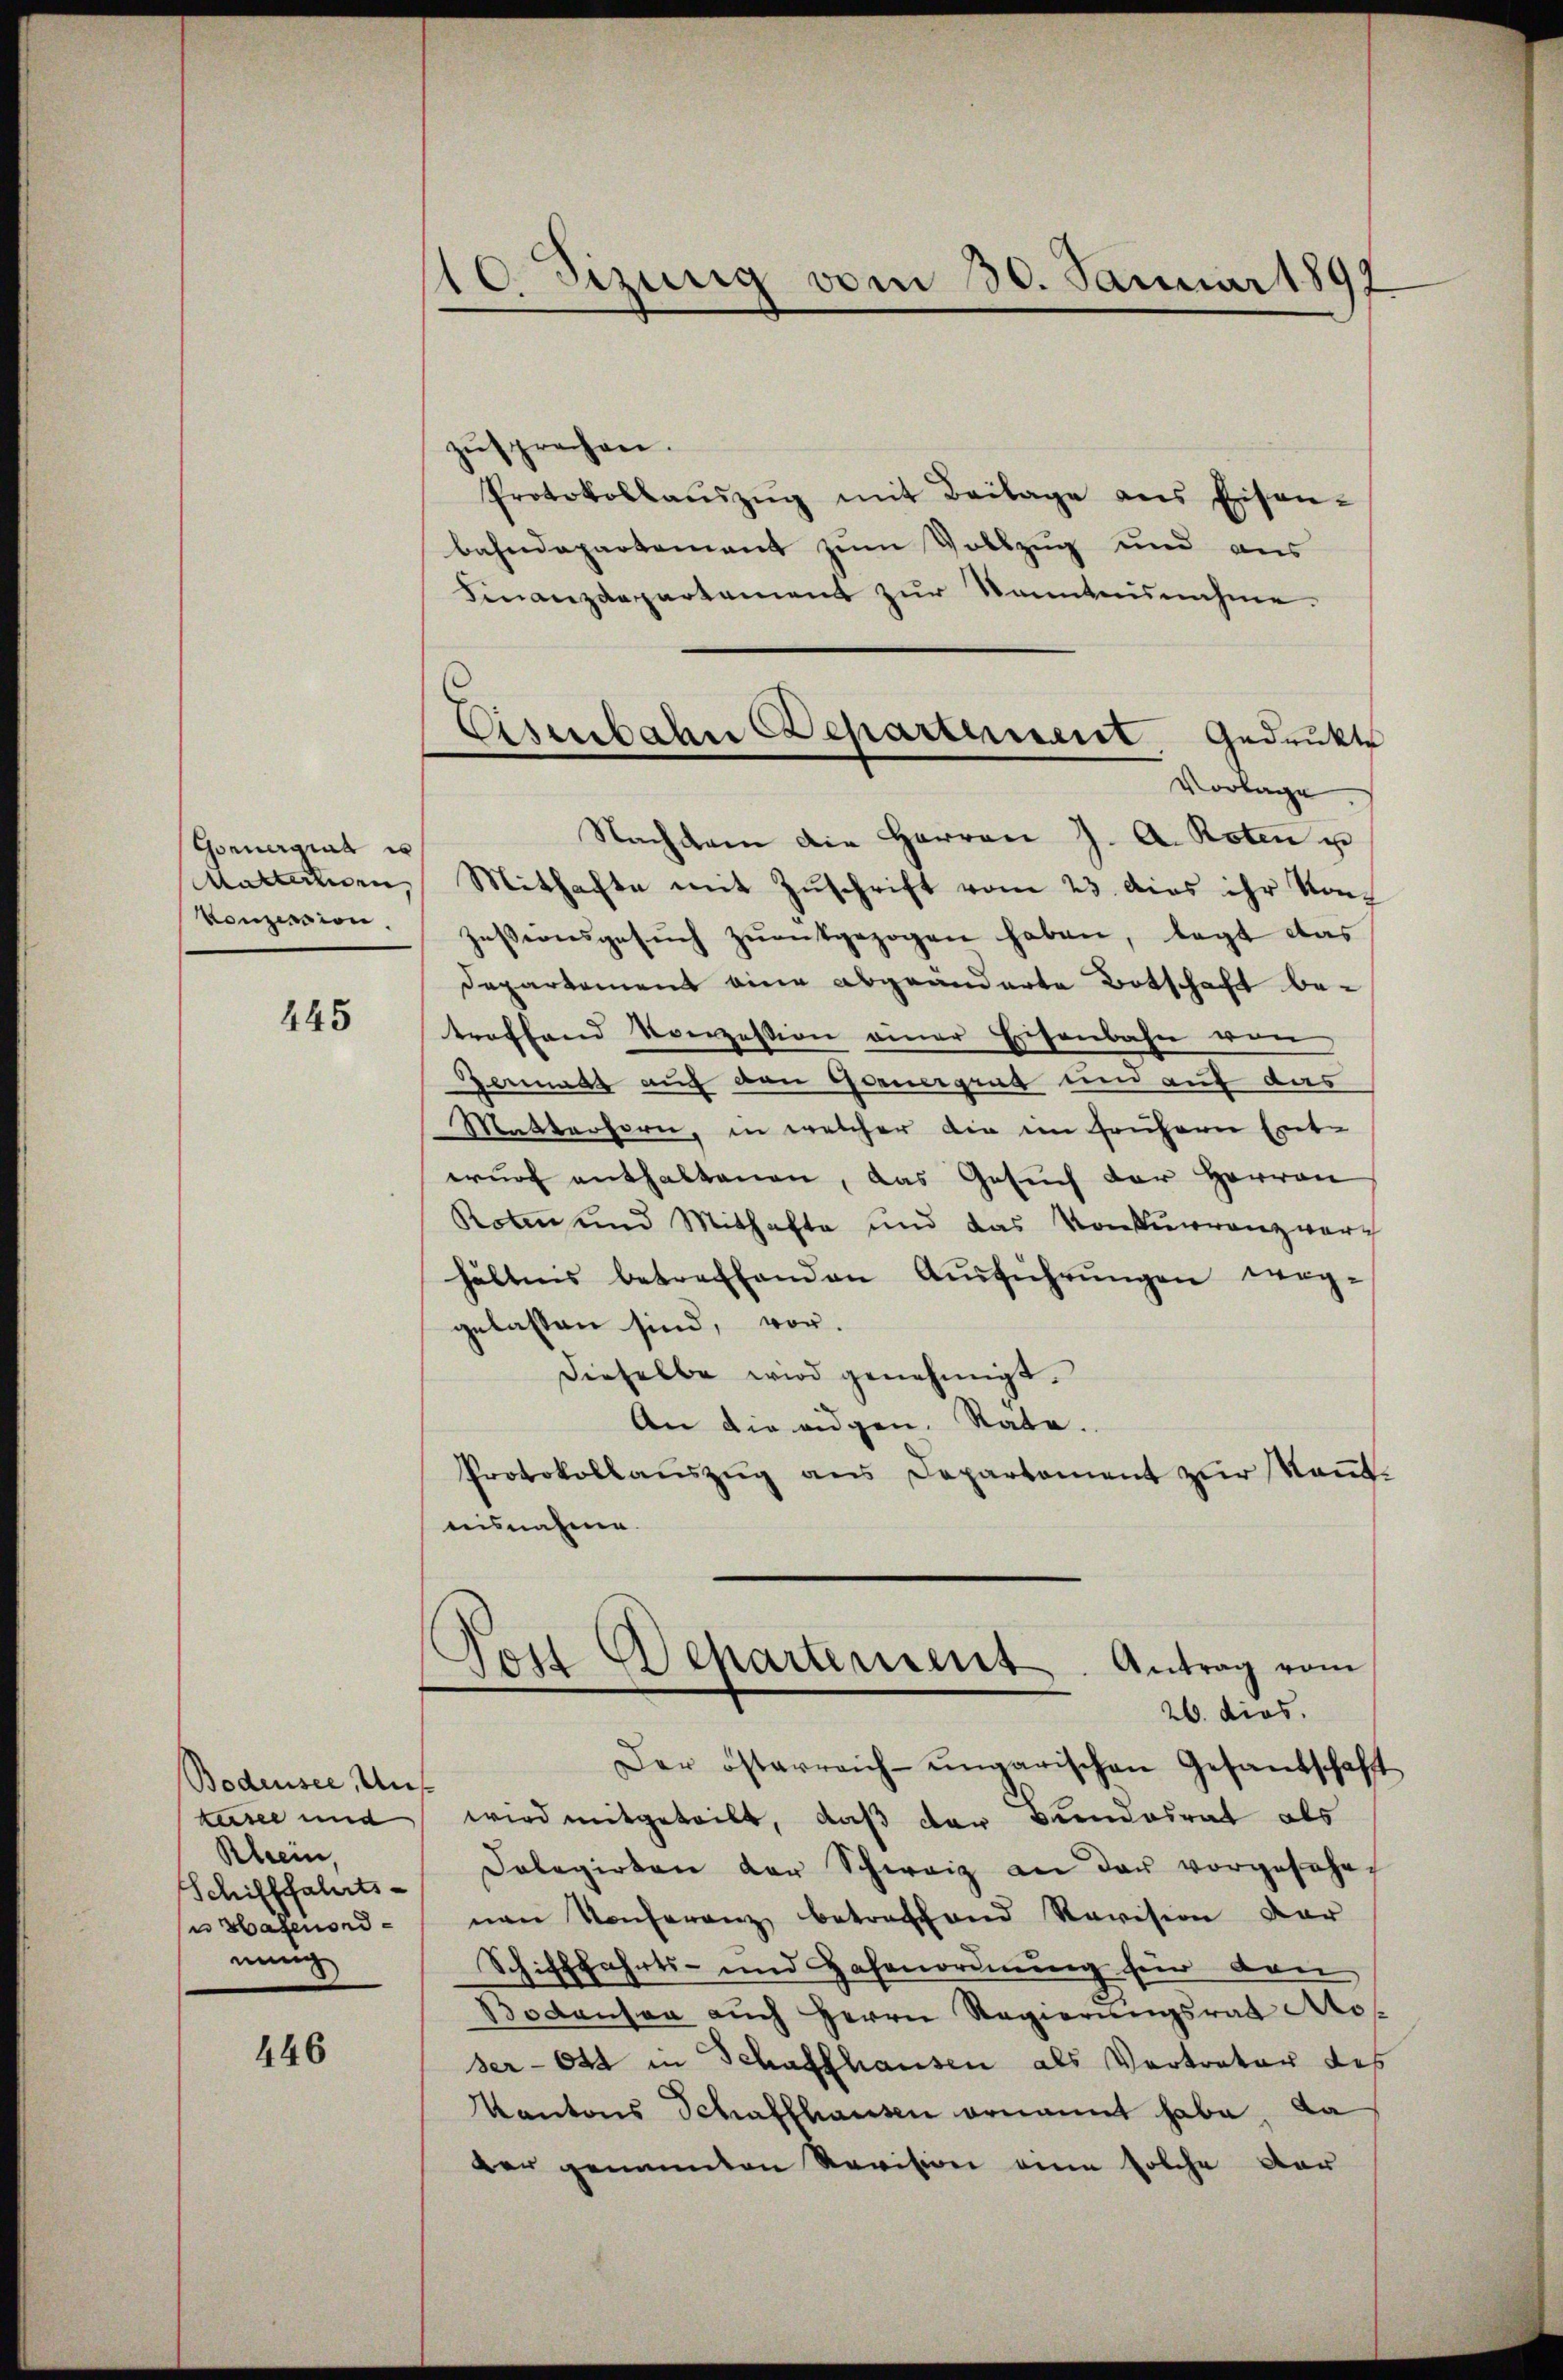
Gonnergiat i
Matterien,
Konzession.

445

Bodensee, Unskeise und
Rhein,
Schifffahrts-
 Bazenordnenig

446

10 Sizung vom 30. Januar 1891

zŭsprechen.
Protokollaŭszŭg mit Beilage ans Eisen-
bahndepartement zum Vollzug und aus
Finanzdepartement zur kanntnisnahme.
Nachkam die Herren J. A. Roten u
Mithafte mit Zuschrift vom 23. dies ihr Kon-
zessionsgesŭch zŭentgezogen haben, legt das
Departement eine abgeänderte Botschaft betroffend Verzession einer Eisenbahn von
Germass auf den Generging und auf das
Matterhorn, in welcher die im frühern Ent-
wurf enthaltenen, das Gesuch der Herren
Roten und Mithafte und das Konkurrenz ver-
hältnis betreffenden Aŭsführŭngen weg-
gelassen sind, vor.
dieselbe wird genehmigt.
An die eidgen. Rate.
Protokollaŭszŭg ans Departament zŭr Keṅt-
nisnahme.
Post chartement. Antrag vom
26. dies
Der österreich-ungarischen Gesandschaft
wird mitgeteilt, daß der Bimosrat als
Dolegirten der Schweiz an der vorgesehe
nen Konferenz betreffend Revision dar
Schifffahrts- und Hafenordnung für dan
Bodensen aŭch Herrn Regierungsrat Ao
ser - 644 in Schaffhausen als Vertreter des
Kantons Schaffhausen ernannt habe, da
der genannten Revision eine solche der

Eisenbahn Departement gedrukt
Vorlage